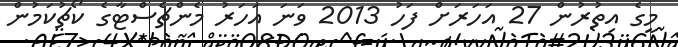
މީގެ އިތުރުން 27 އަހަރަށް ފަހު 2013 ވަނަ އަހަރު މެންޗެސްޓާގެ ކޯޗުކަމުން